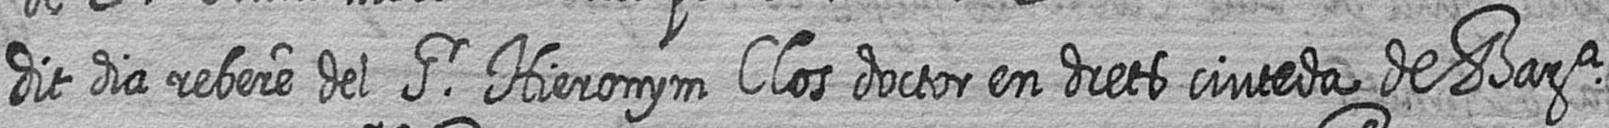
dit dia rebere del Sr Hieronym Clos doctor en drets ciuteda de Bara